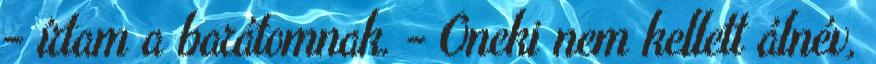
– írtam a barátom­nak. - Őneki nem kellett álnév,